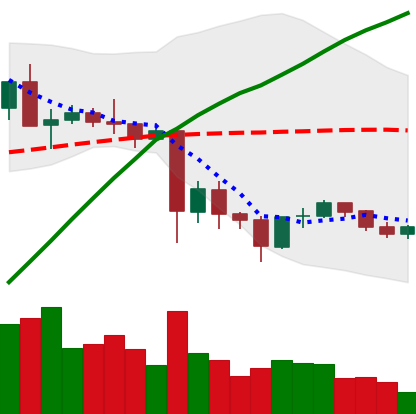
Ticker: TRX-USD
Chart end date: 2021-05-30
Forward return: 7.241%
Label: up_7plus